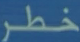
خطر